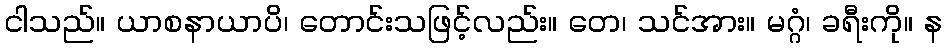
ငါသည်။ ယာစနာယာပိ၊ တောင်းသဖြင့်လည်း။ တေ၊ သင်အား။ မဂ္ဂံ၊ ခရီးကို။ န